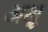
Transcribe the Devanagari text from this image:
अक्षू